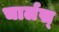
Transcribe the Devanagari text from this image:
चार्लस्‌